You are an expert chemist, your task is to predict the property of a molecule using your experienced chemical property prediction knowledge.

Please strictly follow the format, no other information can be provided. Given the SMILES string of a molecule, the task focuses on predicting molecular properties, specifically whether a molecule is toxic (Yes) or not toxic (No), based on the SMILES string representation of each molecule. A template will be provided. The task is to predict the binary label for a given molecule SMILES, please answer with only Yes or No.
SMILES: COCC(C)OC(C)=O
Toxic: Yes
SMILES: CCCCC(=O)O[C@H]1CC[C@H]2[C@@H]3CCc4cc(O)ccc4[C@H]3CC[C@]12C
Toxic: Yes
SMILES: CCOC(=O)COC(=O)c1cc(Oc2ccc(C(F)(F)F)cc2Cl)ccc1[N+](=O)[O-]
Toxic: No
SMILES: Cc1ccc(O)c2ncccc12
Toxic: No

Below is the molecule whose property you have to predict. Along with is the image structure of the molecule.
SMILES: Oc1nc(Cl)c(Cl)cc1Cl
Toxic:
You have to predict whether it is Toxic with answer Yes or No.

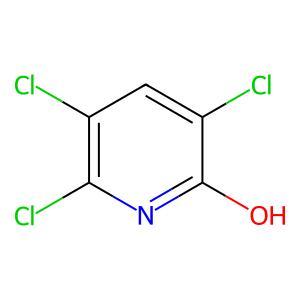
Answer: No